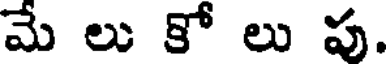
మే లు కో లు ప.